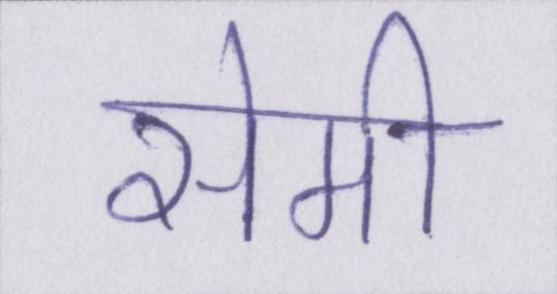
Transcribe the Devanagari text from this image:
सेमी